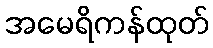
အမေရိကန်ထုတ်